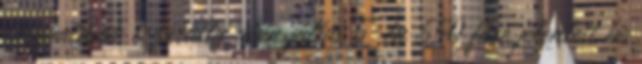
tárgyalások lezárulta után július 5-én 550 főre jelentett be